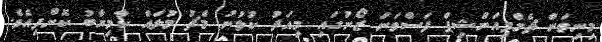
މިނިވަން ޗެމްޕިއަންޝިޕް ފަސްވަނަ ޒޯނުގައި މިއަދު ކުޅުނު މެޗު މުލައް ކާމިޔާބު ކޮށްފިއެވެ.